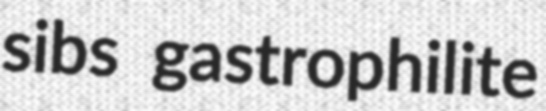
sibs gastrophilite